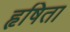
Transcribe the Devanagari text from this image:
हृषिता